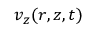
v _ { z } ( r , z , t )